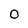
Character: 0